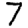
Digit: 7